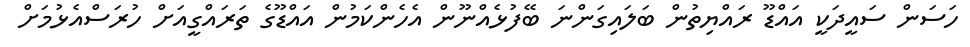
ހަސަން ސައީދަކީ އައްޑޫ ރައްޔިތުން ބަލައިގަންނަ ބޭފުޅެއްނޫން އެހެންކަމުން އައްޑޫގެ ތަރައްގީއަށް ހުރަސްއެޅުމަށް